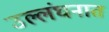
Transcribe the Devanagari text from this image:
उल्लंघनात